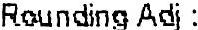
ROUNDING ADJ :